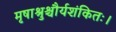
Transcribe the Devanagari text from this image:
मृषाश्रुश्चौर्यशंकितः।